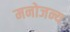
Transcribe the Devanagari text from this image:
मनोजन्य